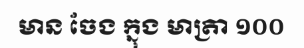
មាន ចែង ក្នុង មាត្រា ១០០